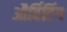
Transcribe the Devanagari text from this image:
और्बिटिंग